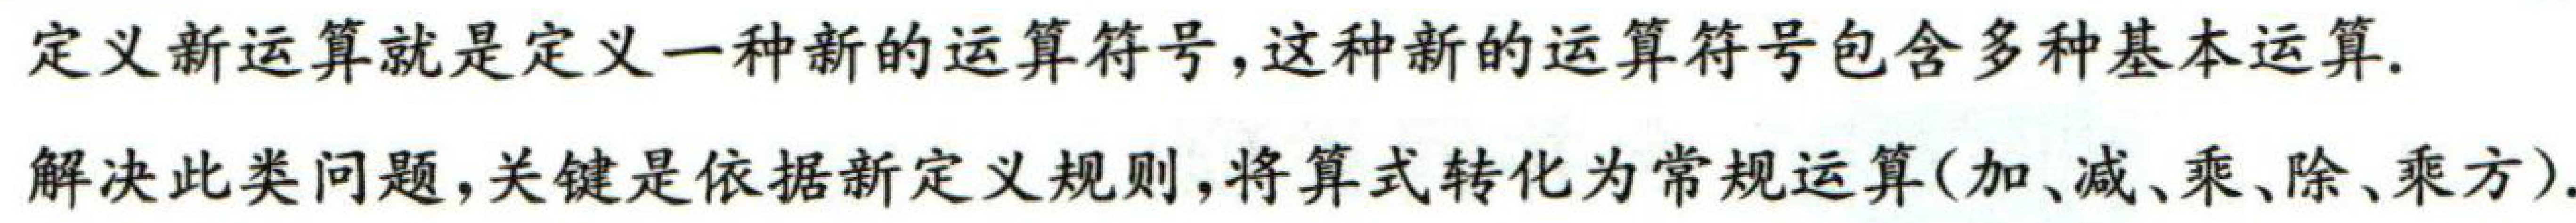
定义新运算就是定义一种新的运算符号,这种新的运算符号包含多种基本运算.
解决此类问题,关键是依据新定义规则,将算式转化为常规运算(加、减、乘、除、乘方).